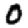
Digit: 0